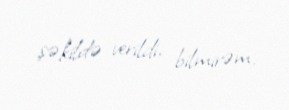
şəkildə verildi, bilmirəm.